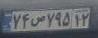
۷۴ص۷۹۵۱۲